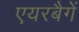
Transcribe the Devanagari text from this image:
एयरबैगें